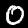
Digit: 0